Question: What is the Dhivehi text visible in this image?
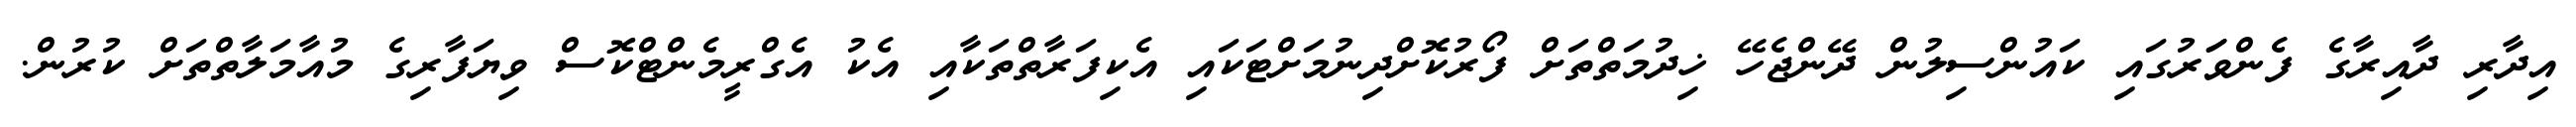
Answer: އިދާރި ދާއިރާގެ ފެންވަަރުގައި ކައުންސިލުން ދޭންޖެހޭ ޚިދުމަތްތަށް ފޯރުކޮށްދިނުމަށްޓަކައި އެކިފަރާތްތަކާއި އެކު އެގްރީމެންޓްކޮސް ވިޔަފާރިގެ މުއާމަލާތްތަށް ކުރުން.